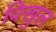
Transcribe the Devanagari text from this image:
विखुल